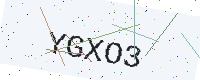
Text: YGXO3